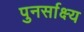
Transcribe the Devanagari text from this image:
पुनर्साक्ष्य